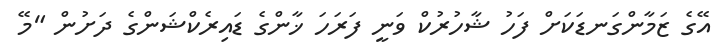
އޭގެ ޒަމާންގަނޑަކަށް ފަހު ޝާހުރުކް ވަނީ ފަރަހަ ޚާންގެ ޑައިރެކްޝަންގެ ދަށުން "މޭ